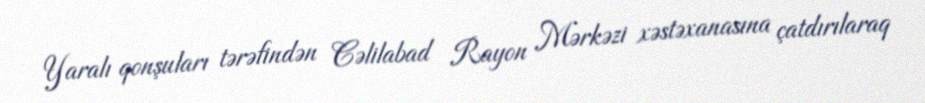
Yaralı qonşuları tərəfindən Cəlilabad Rayon Mərkəzi xəstəxanasına çatdırılaraq